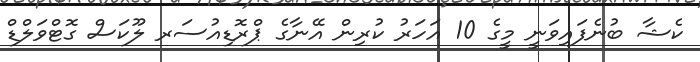
ކެޝާ ބުނެފައިވަނީ މީގެ 10 އަހަރު ކުރިން އޭނާގެ ޕްރޮޑިއުސަރ ލޫކަސް ގޮޓްވަލްޑް